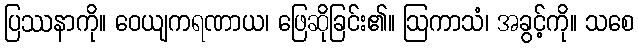
ပြဿနာကို။ ဝေယျကရဏာယ၊ ဖြေဆိုခြင်း၏။ ဩကာသံ၊ အခွင့်ကို။ သစေ